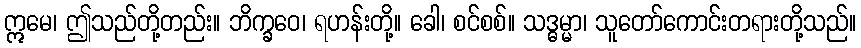
ဣမေ၊ ဤသည်တို့တည်း။ ဘိက္ခဝေ၊ ရဟန်းတို့။ ခေါ၊ စင်စစ်။ သဒ္ဓမ္မာ၊ သူတော်ကောင်းတရားတို့သည်။